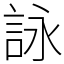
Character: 詠